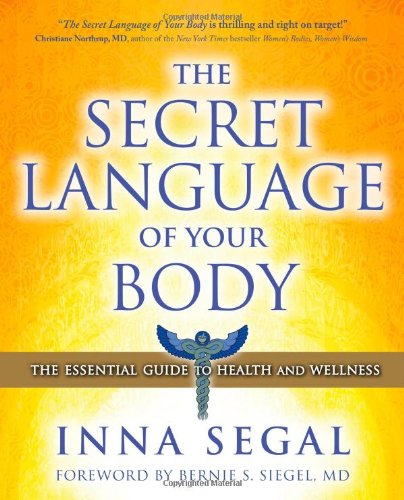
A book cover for The Secret Language of Your Body: The Essential Guide to Health and Wellness; Inna Segal; Religion & Spirituality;